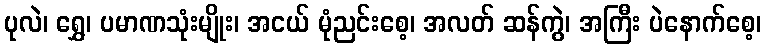
ပုလဲ၊ ရွှေ၊ ပမာဏသုံးမျိုး၊ အငယ် မုံညင်းစေ့၊ အလတ် ဆန်ကွဲ၊ အကြီး ပဲနောက်စေ့၊